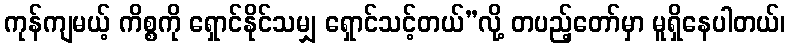
ကုန်ကျမယ့် ကိစ္စကို ရှောင်နိုင်သမျှ ရှောင်သင့်တယ်”လို့ တပည့်တော်မှာ မူရှိနေပါတယ်၊